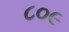
૮૦૯